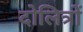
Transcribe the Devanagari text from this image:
दोलित्रों